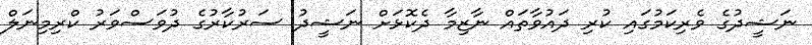
ނަޝީދުގެ ވެރިކަމުގައި ކުރި ދައުވާތައް ނާޒިމާ ދެކޮޅަށް ނަޝީދު ސަރުކާރުގެ ދުވަސްވަރު ކްރިމިނަލް